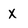
Character: X